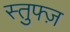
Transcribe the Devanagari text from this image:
स्तुफ्ज़